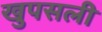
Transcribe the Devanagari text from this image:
खुपसली